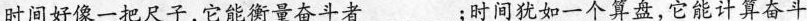
时间好像一把尺子，它能衡量奋斗者___；时间犹如一个算盘，它能计算奋斗